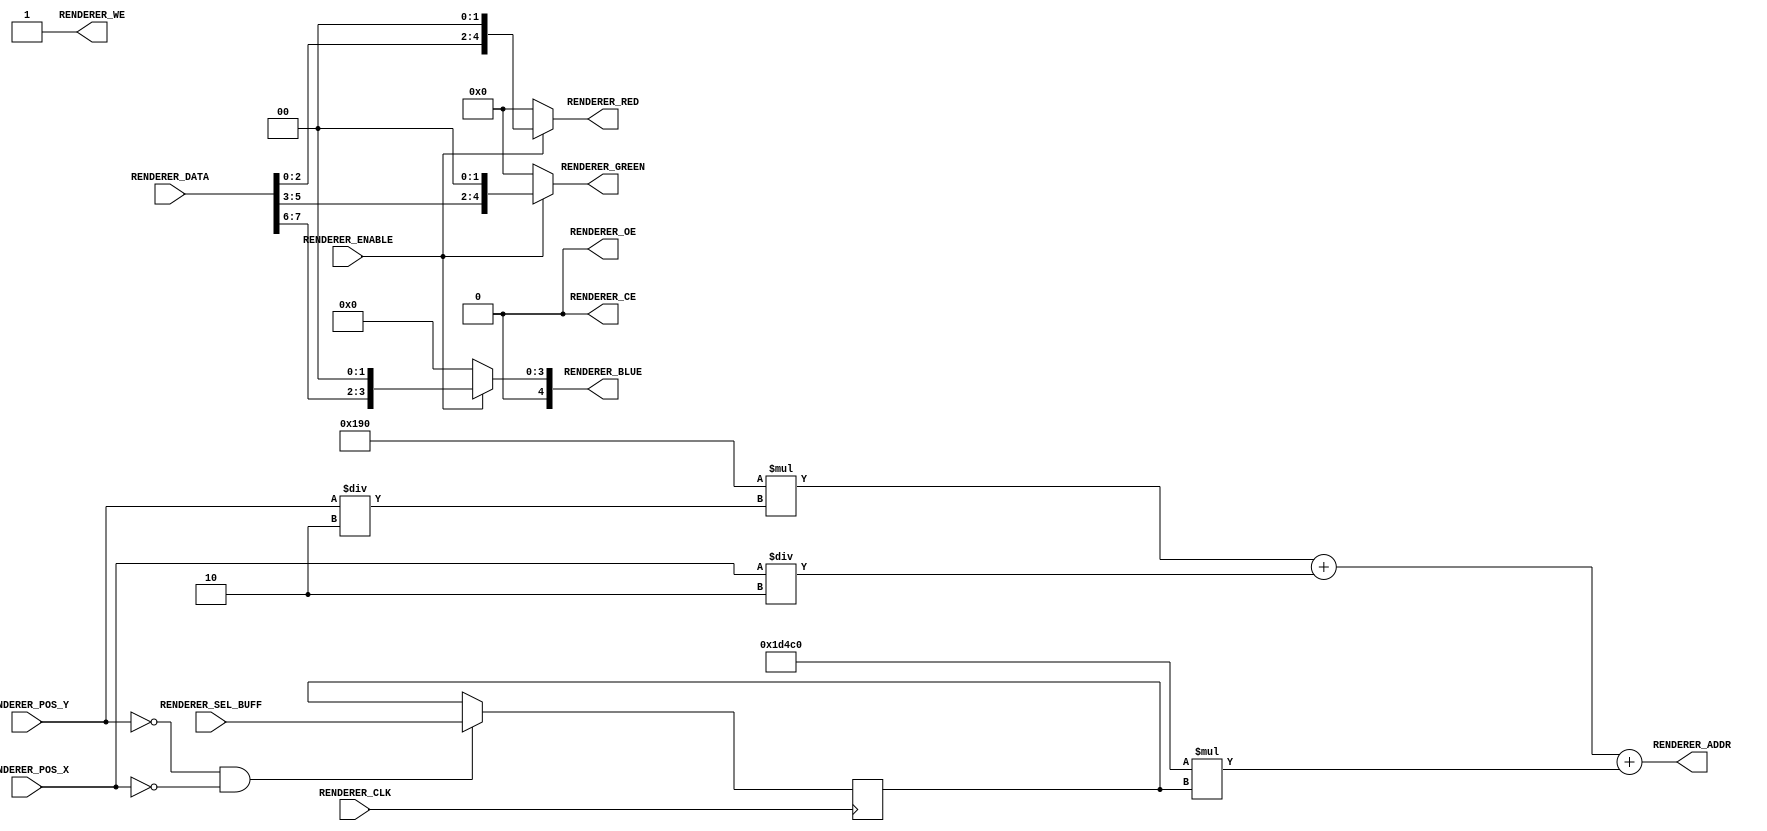
module VgaRenderer
(
   input              RENDERER_CLK   ,

// --------- FROM VGA SYNC GENERATOR ---------
   input  wire [10:0] RENDERER_POS_X ,
   input  wire  [9:0] RENDERER_POS_Y ,
   input  wire        RENDERER_ENABLE,
	input  wire        RENDERER_SEL_BUFF,
	
// -------------------------------------------

// --------------- TO MEMORY -----------------
   input  wire [ 7:0] RENDERER_DATA ,
   output wire [18:0] RENDERER_ADDR ,
   output wire        RENDERER_WE   ,
   output wire        RENDERER_OE   ,
   output wire        RENDERER_CE   ,
// -------------------------------------------

// ---------------- TO VGA -------------------
   output wire [ 4:0] RENDERER_RED   ,
   output wire [ 4:0] RENDERER_GREEN ,
   output wire [ 4:0] RENDERER_BLUE 
// -------------------------------------------

);

localparam RENDERER_COLOR_FORMAT_332 = 2'b00;
localparam RENDERER_COLOR_FORMAT_555 = 2'b01;

localparam RENDERER_RESOLUTION_H = 10'd400;
localparam RENDERER_RESOLUTION_V = 10'd300;
localparam RENDERER_PIXEL_WITH   = 10'd2;

assign RENDERER_ADDR = RENDERER_RESOLUTION_H * ( RENDERER_POS_Y / RENDERER_PIXEL_WITH ) 
         + ( RENDERER_POS_X / RENDERER_PIXEL_WITH ) + RENDERER_RESOLUTION_H * RENDERER_RESOLUTION_V * SelectBuffer;

reg SelectBuffer = 0;

always @( posedge RENDERER_CLK )
begin
 	if( RENDERER_POS_Y == 0 && RENDERER_POS_X == 0 )
      SelectBuffer <= RENDERER_SEL_BUFF;
end


function [4:0] GetColorRed( input [2:0] colorFormat, input [7:0] value );
begin
    GetColorRed = value[ 2:0 ] << 2;
end
endfunction


function [4:0] GetColorGreen( input [2:0] colorFormat, input [7:0] value );
begin
    GetColorGreen = value[ 5:3 ] << 2;
end
endfunction

function [4:0] GetColorBlue( input [2:0] colorFormat, input [7:0] value );
begin
    GetColorBlue = value[ 7:6 ] << 2;
end
endfunction

assign RENDERER_RED   = ( RENDERER_ENABLE ) ? GetColorRed  ( RENDERER_COLOR_FORMAT_332, RENDERER_DATA ) : 5'b00000;
assign RENDERER_GREEN = ( RENDERER_ENABLE ) ? GetColorGreen( RENDERER_COLOR_FORMAT_332, RENDERER_DATA ) : 5'b00000;
assign RENDERER_BLUE  = ( RENDERER_ENABLE ) ? GetColorBlue ( RENDERER_COLOR_FORMAT_332, RENDERER_DATA ) : 5'b00000;

assign RENDERER_CE    = 1'b0;
assign RENDERER_WE    = 1'b1;
assign RENDERER_OE    = 1'b0;

endmodule